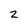
Character: 2